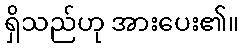
ရှိသည်ဟု အားပေး၏။